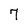
Character: 7